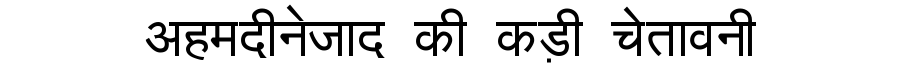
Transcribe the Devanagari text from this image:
अहमदीनेजाद की कड़ी चेतावनी